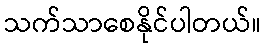
သက်သာစေနိုင်ပါတယ်။